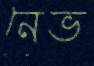
নেভ